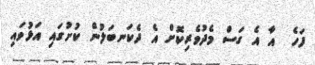
ފަހެ  އާ އެ ގަސް މެދުވެރިކޮށް އެ ދެކަނބަލުން ކުށުގައި އަޅުވައި